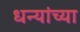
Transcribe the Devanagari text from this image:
धन्यांच्या